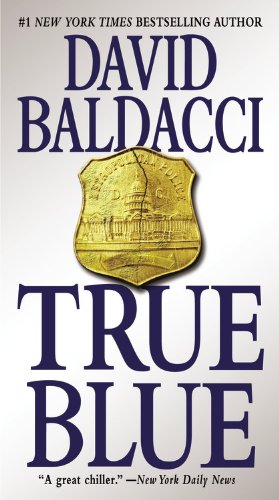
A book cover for True Blue; David Baldacci; Mystery, Thriller & Suspense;